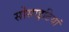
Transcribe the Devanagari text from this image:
सोसाइटियां